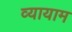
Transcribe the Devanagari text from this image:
व्‍यायाम